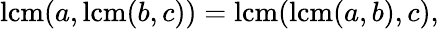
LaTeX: \operatorname{lcm}(a,\operatorname{lcm}(b,c))=\operatorname{lcm}(\operatorname{lcm}(a,b),c),